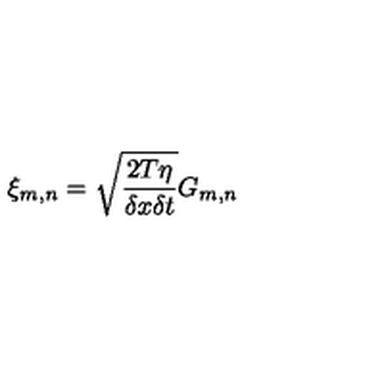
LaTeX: \xi _ { m , n } = \sqrt { \frac { 2 T \eta } { \delta x \delta t } } G _ { m , n }